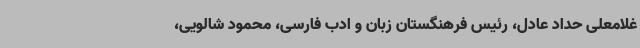
غلامعلی حداد عادل، رئیس فرهنگستان زبان و ادب فارسی، محمود شالویی،